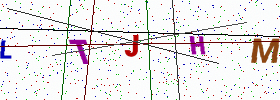
Text: LTJHM